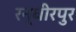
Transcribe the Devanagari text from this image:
रन्धीरपुर